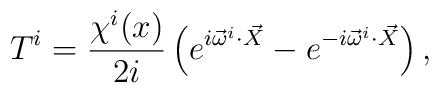
T^{i}=\frac{\chi^{i}(x)}{2i}\left(e^{i\vec{\omega}^{i}\cdot        \vec{X}}-e^{-i\vec{\omega}^{i}\cdot\vec{X}}\right),